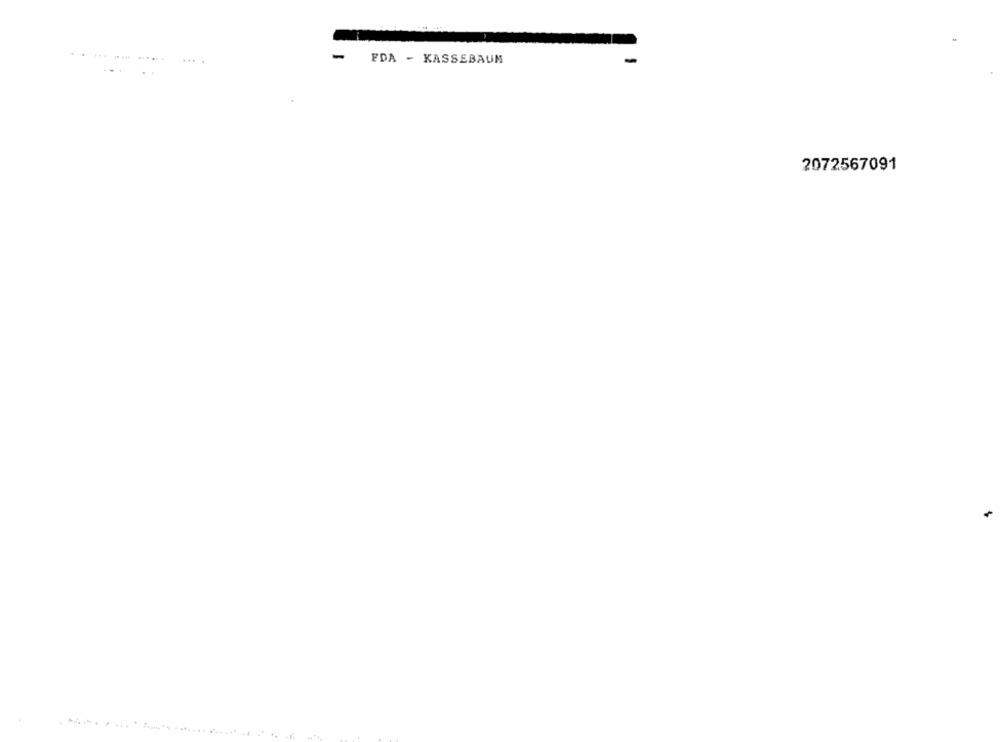
....... -...
....
-
FDA - KASSEBAUM
2072567091